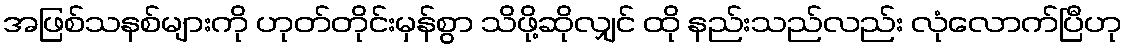
အဖြစ်သနစ်များကို ဟုတ်တိုင်းမှန်စွာ သိဖို့ဆိုလျှင် ထို နည်းသည်လည်း လုံလောက်ပြီဟု